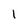
Character: l